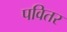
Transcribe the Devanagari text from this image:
पवितर